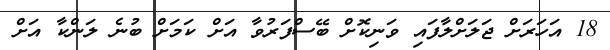
18 އަހަރަށް ޖަލަށްލާފައި ވަނިކޮށް ބޭސްފަރުވާ އަށް ކަމަށް ބުނެ ލަންކާ އަށް